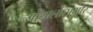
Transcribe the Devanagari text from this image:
न्यायालासमोर